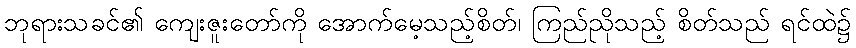
ဘုရားသခင်၏ ကျေးဇူးတော်ကို အောက်မေ့သည့်စိတ်၊ ကြည်ညိုသည့် စိတ်သည် ရင်ထဲ၌